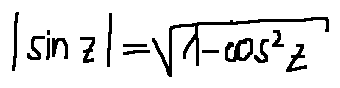
| \sin z | = \sqrt { 1 - \cos ^ { 2 } z }